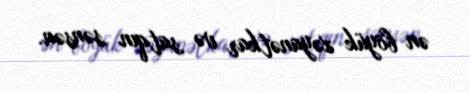
ən böyük xəyanətkar və satqın sənsən.